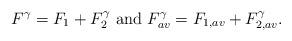
LaTeX: \begin{align*}F^\gamma = F_1 + F_2^\gamma\mbox{ and }F_{av}^\gamma = F_{1,av} + F_{2,av}^\gamma.\end{align*}